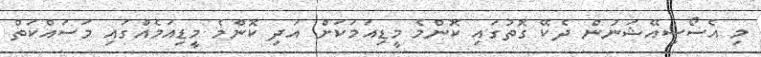
މި އެސޯސިއޭޝަނުން ދެކޭ ގޮތުގައި ކޮންމެ މީޑިއަމަކަށް އަދި ކޮންމެ މީޑިއަމެއްގައި މަސައްކަތް